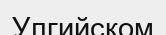
Улгийском